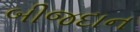
બીજદાન